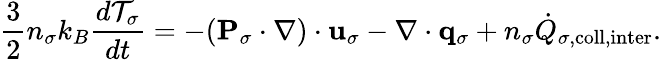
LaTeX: \frac{3}{2}n_{\sigma}k_{B}\frac{d{\cal T}_{\sigma}}{dt}=-({\mathbf P}_{\sigma}\cdot\nabla)\cdot{\mathbf u}_{\sigma}-\nabla\cdot{\mathbf q}_{\sigma}+n_{\sigma}\dot{Q}_{\sigma,\mathrm{coll,inter}}.